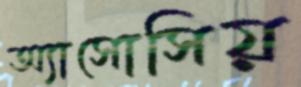
অ্যাসোসিয়